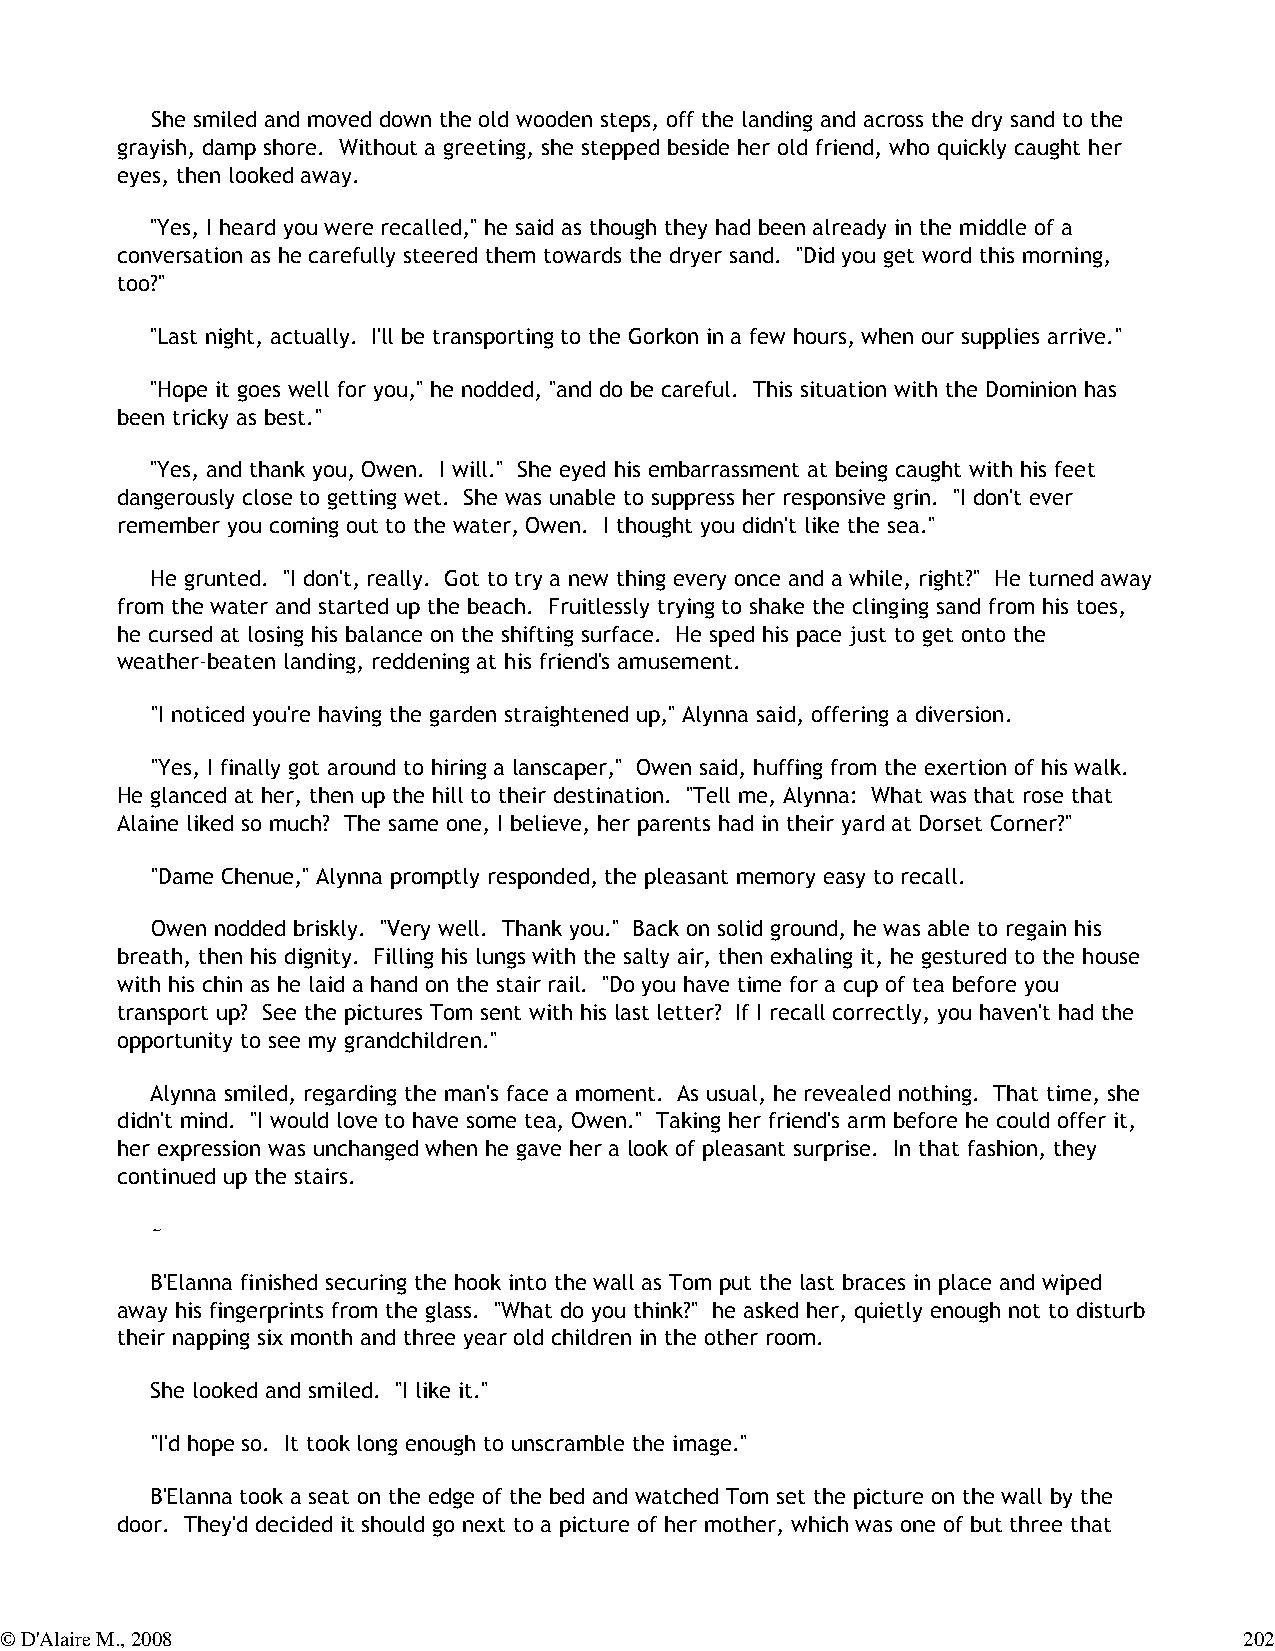
She smiled and moved down the old wooden steps, off the landing and across the dry sand to the
 grayish, damp shore. Without a greeting, she stepped beside her old friend, who quickly caught her
 eyes, then looked away.
 "Yes, I heard you were recalled," he said as though they had been already in the middle of a
 conversation as he carefully steered them towards the dryer sand. "Did you get word this morning,
 too?"
 "Last night, actually. I'll be transporting to the Gorkon in a few hours, when our supplies arrive."
 "Hope it goes well for you," he nodded, "and do be careful. This situation with the Dominion has
 been tricky as best."
 "Yes, and thank you, Owen. I will." She eyed his embarrassment at being caught with his feet
 dangerously close to getting wet. She was unable to suppress her responsive grin. "I don't ever
 remember you coming out to the water, Owen. I thought you didn't like the sea."
 He grunted. "I don't, really. Got to try a new thing every once and a while, right?" He turned away
 from the water and started up the beach. Fruitlessly trying to shake the clinging sand from his toes,
 he cursed at losing his balance on the shifting surface. He sped his pace just to get onto the
 weather-beaten landing, reddening at his friend's amusement.
 "I noticed you're having the garden straightened up," Alynna said, offering a diversion.
 "Yes, I finally got around to hiring a lanscaper," Owen said, huffing from the exertion of his walk.
 He glanced at her, then up the hill to their destination. "Tell me, Alynna: What was that rose that
 Alaine liked so much? The same one, I believe, her parents had in their yard at Dorset Corner?"
 "Dame Chenue," Alynna promptly responded, the pleasant memory easy to recall.
 Owen nodded briskly. "Very well. Thank you." Back on solid ground, he was able to regain his
 breath, then his dignity. Filling his lungs with the salty air, then exhaling it, he gestured to the house
 with his chin as he laid a hand on the stair rail. "Do you have time for a cup of tea before you
 transport up? See the pictures Tom sent with his last letter? If I recall correctly, you haven't had the
 opportunity to see my grandchildren."
 Alynna smiled, regarding the man's face a moment. As usual, he revealed nothing. That time, she
 didn't mind. "I would love to have some tea, Owen." Taking her friend's arm before he could offer it,
 her expression was unchanged when he gave her a look of pleasant surprise. In that fashion, they
 continued up the stairs.
 ~
 B'Elanna finished securing the hook into the wall as Tom put the last braces in place and wiped
 away his fingerprints from the glass. "What do you think?" he asked her, quietly enough not to disturb
 their napping six month and three year old children in the other room.
 She looked and smiled. "I like it."
 "I'd hope so. It took long enough to unscramble the image."
 B'Elanna took a seat on the edge of the bed and watched Tom set the picture on the wall by the
 door. They'd decided it should go next to a picture of her mother, which was one of but three that
 © D'Alaire M., 2008                                                               202